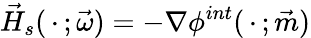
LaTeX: \vec{H}_{s}(\, \cdot\, ;\vec{\omega})=-\nabla\phi^{int}(\, \cdot\, ;\vec{m})